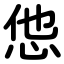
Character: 怹